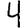
Digit: 4